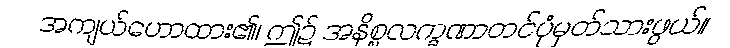
အကျယ်ဟောထား၏၊ ဤ၌ အနိစ္စလက္ခဏာတင်ပုံမှတ်သားဖွယ်။